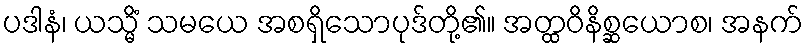
ပဒါနံ၊ ယသ္မိံ သမယေ အစရှိသောပုဒ်တို့၏။ အတ္ထဝိနိစ္ဆယောစ၊ အနက်